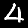
Digit: 4